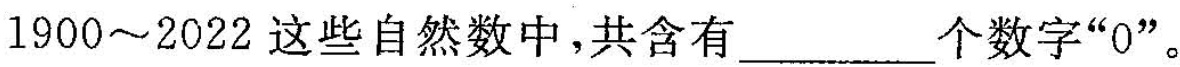
1900~2022这些自然数中，共含有___个数字”0”